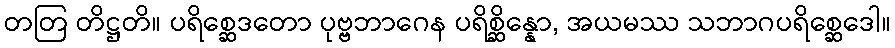
တတြ တိဋ္ဌတိ။ ပရိစ္ဆေဒတော ပုဗ္ဗဘာဂေန ပရိစ္ဆိန္နော, အယမဿ သဘာဂပရိစ္ဆေဒေါ။